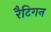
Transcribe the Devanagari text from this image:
रैटिगन